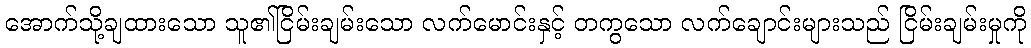
အောက်သို့ချထားသော သူ၏ငြိမ်းချမ်းသော လက်မောင်းနှင့် တကွသော လက်ချောင်းများသည် ငြိမ်းချမ်းမှုကို